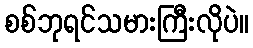
စစ်ဘုရင်သမားကြီးလိုပဲ။